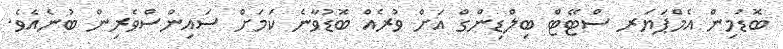
ބޮޑުމިން އެމްޕަޔަރ ސްޓޭޓް ބިލްޑިންގް އަށް ވުރެއް ބޮޑުވާނެ ކަމަށް ސައިންސްވެރިން ބުނެއެވެ.